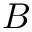
B